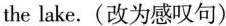
the lake.(改为感叹句)